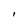
Character: I